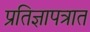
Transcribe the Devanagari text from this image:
प्रतिज्ञापत्रात